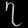
Digit: ၇